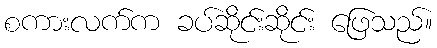
စကားလက်က ခပ်ဆိုင်းဆိုင်း ဖြေသည်။